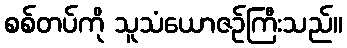
စစ်တပ်ကို သူသံယောဇဉ်ကြီးသည်။